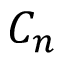
C _ { n }